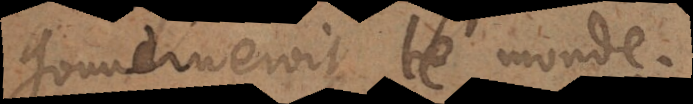
uverneroit le monde.